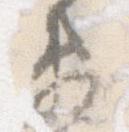
衛